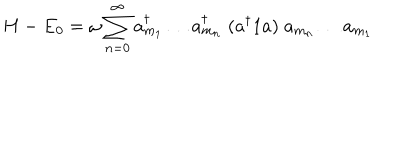
H - E _ { 0 } = \omega \sum _ { n = 0 } ^ { \infty } a _ { m _ { 1 } } ^ { \dagger } \ldots a _ { m _ { n } } ^ { \dagger } \; ( a ^ { \dagger } 1 a ) \; a _ { m _ { n } } \ldots a _ { m _ { 1 } }